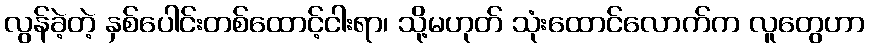
လွန်ခဲ့တဲ့ နှစ်ပေါင်းတစ်ထောင့်ငါးရာ၊ သို့မဟုတ် သုံးထောင်လောက်က လူတွေဟာ